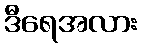
ဒီရေအလား